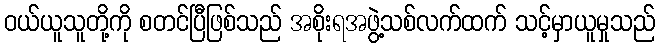
ဝယ်ယူသူတို့ကို စတင်ပြီဖြစ်သည် အစိုးရအဖွဲ့သစ်လက်ထက် သင့်မှာယူမှုသည်